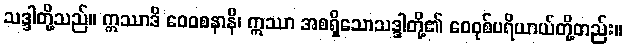
သဒ္ဒါတို့သည်။ ဣဿာဒိ ဝေဝစနာနိ၊ ဣဿာ အစရှိသောသဒ္ဒါတို့၏ ဝေဝုစ်ပရိယာယ်တို့တည်း။